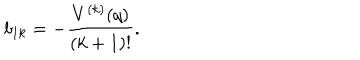
b _ { 1 k } = - \frac { V ^ { ( k ) } ( q ) } { ( k + 1 ) ! } .